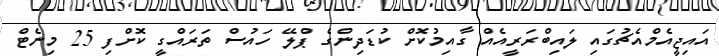
އައިޖީއެމްއެޗުގައި ލައިބްރަރީއެއް ގާއިމުކޮށް ކުޑަދިންގެ ޕްލޭ ހައުސް ތަރައްގީ ކޮށްފި 25 މިނެޓް